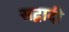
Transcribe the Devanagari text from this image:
सद्वादी